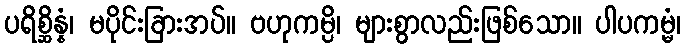
ပရိစ္ဆိန္နံ၊ မပိုင်းခြားအပ်။ ဗဟုကမ္ပိ၊ များစွာလည်းဖြစ်သော။ ပါပကမ္မံ၊